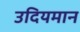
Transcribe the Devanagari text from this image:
उदियमान